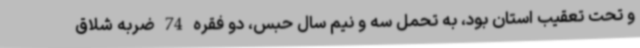
و تحت تعقیب استان بود، به تحمل سه و نیم سال حبس، دو فقره 74 ضربه شلاق